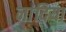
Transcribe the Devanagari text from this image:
नांदिया